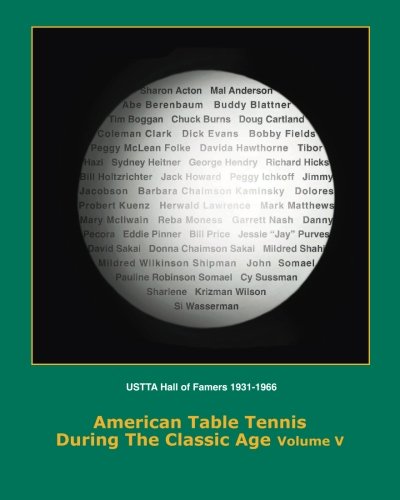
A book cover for American Table Tennis Players of the Classic Age Volume V: USTTA Hall of Famers (Players/Contributors/Officials) (Volume 5); Dean Robert Johnson; Sports & Outdoors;